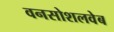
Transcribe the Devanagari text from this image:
वनसोशलवेब